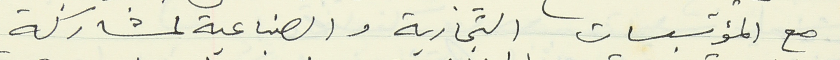
مع المؤسسات التجارية والصناعية لمشاركة